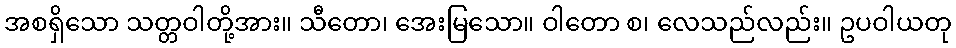
အစရှိသော သတ္တဝါတို့အား။ သီတော၊ အေးမြသော။ ဝါတော စ၊ လေသည်လည်း။ ဥပဝါယတု